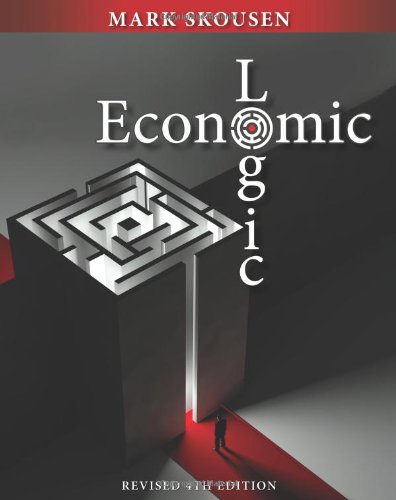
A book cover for Economic Logic Fourth Edition; Mark Skousen; Business & Money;